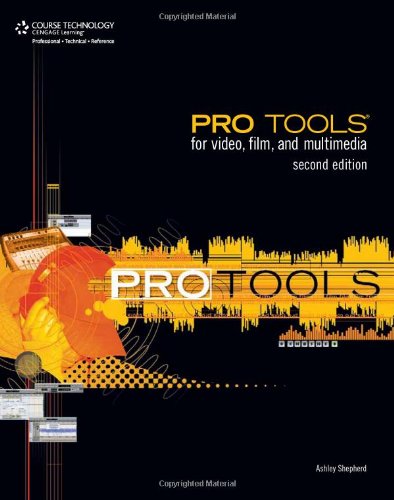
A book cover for Pro Tools for Video, Film, & Multimedia; Ashley Shepherd; Computers & Technology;